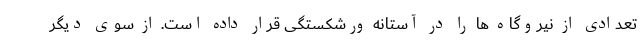
تعدادی از نیروگاه ها را در آستانه ورشکستگی قرار داده است. از سوی دیگر